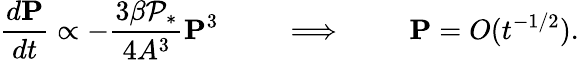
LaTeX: {\frac{d\mathbf{P}}{dt}}\propto-{\frac{3\beta\mathcal{P}_{*}}{4A^{3}}}\mathbf{P}^{3}\qquad\implies\qquad\mathbf{P}=O(t^{-1/2}).